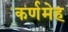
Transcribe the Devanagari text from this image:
कर्णमेह